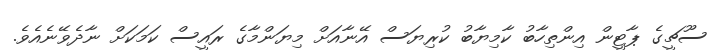
ސޫޗީގެ ޕާޓީން އިންތިހާބު ކާމިޔާބު ކުރިޔަސް އޭނާއަށް މިޔަންމާގެ ރައީސް ކަމަކަށް ނާދެވޭނެއެވެ.